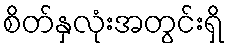
စိတ်နှလုံးအတွင်းရှိ